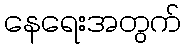
နေရေးအတွက်